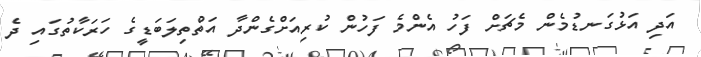
އަދި އަޅުގަނޑުމެން މެޗަށް ފަހު އެންމެ ފަހުން ކުރިއަށްގެންދާ އަތްތިލަބަޑީގެ ހަރަކާތުގައި ދެ